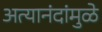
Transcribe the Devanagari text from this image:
अत्यानंदांमुळे